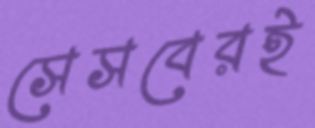
সেসবেরই